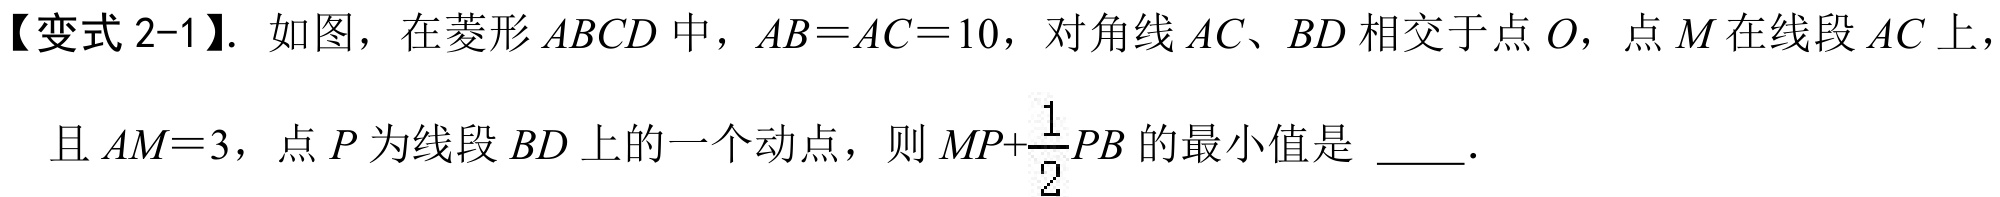
【变式 2-1】. 如图，在菱形\(ABCD\)中，\(AB = AC = 10\)，对角线\(AC、BD\)相交于点\(O\)，点\(M\)在线段\(AC\)上，且\(AM = 3\)，点\(P\)为线段\(BD\)上的一个动点，则 \(MP+\dfrac{1}{2}PB\)的最小值是 \(\underline{\quad\quad}\).